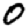
Digit: 0